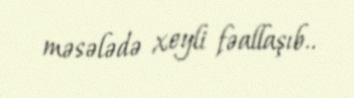
məsələdə xeyli fəallaşıb..